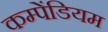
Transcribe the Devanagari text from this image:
कम्पेंडियम